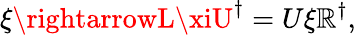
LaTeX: \xi\rightarrowL\xiU^{\dagger}=U\xi\mathbb{R}^{\dagger},